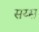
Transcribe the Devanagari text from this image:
सय्स